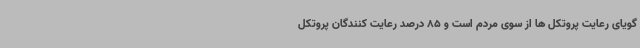
گویای رعایت پروتکل ها از سوی مردم است و 85 درصد رعایت کنندگان پروتکل